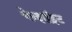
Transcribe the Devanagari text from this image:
बेन्झॉइट